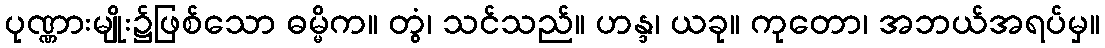
ပုဏ္ဏားမျိုး၌ဖြစ်သော ဓမ္မိက။ တွံ၊ သင်သည်။ ဟန္ဒ၊ ယခု။ ကုတော၊ အဘယ်အရပ်မှ။